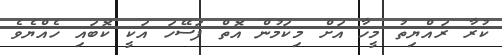
ކުރާ ރައްޔިތު މީހާ އަށް މިކަމުން އޮތް ފަސޭހަ އަކީ ކޮބައި ހެއްޔެވެ